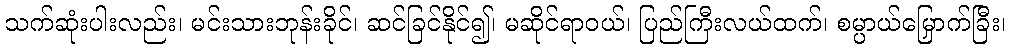
သက်ဆုံးပါးလည်း၊ မင်းသားဘုန်းခိုင်၊ ဆင်ခြင်နိုင်၍၊ မဆိုင်ရာဝယ်၊ ပြည်ကြီးလယ်ထက်၊ စမ္ပာယ်မြှောက်ခြီး၊